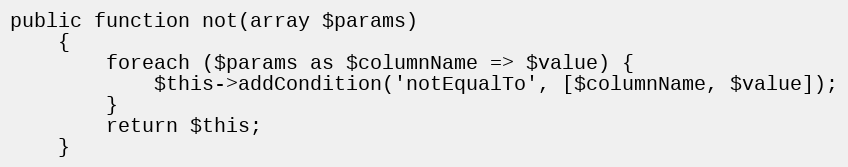
Language: PHP
public function not(array $params)
    {
        foreach ($params as $columnName => $value) {
            $this->addCondition('notEqualTo', [$columnName, $value]);
        }
        return $this;
    }